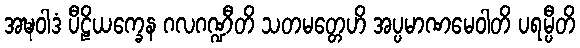
အဍ္ဎဝါဒံ ပီဠိယက္ခေန ဂလဂဏ္ဍီတိ သတမတ္တေဟိ အပ္ပမာဏမေဝါတိ ပရမ္ပီတိ